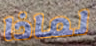
لماذا